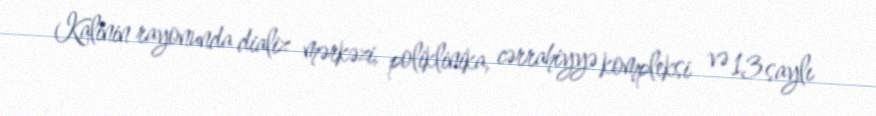
Kalinin rayonunda dializ mərkəzi, poliklinika, cərrahiyyə kompleksi və 13 saylı